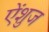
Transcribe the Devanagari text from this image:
ऐंशुज